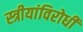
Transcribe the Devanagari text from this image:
स्त्रीयांविरोधी